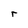
Character: r